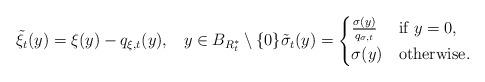
LaTeX: \begin{align*}\tilde \xi_t(y)= \xi(y) - q_{\xi,t}(y), \;\;\; y \in B_{R_t^\ast} \setminus \{0\} \tilde\sigma_t(y)=\begin{cases}\frac{\sigma(y)}{q_{\sigma,t}} &\mbox{if }y=0,\\\sigma(y) &\mbox{otherwise}.\end{cases} \end{align*}